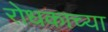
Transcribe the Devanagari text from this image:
रोधकाच्या